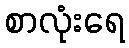
စာလုံးရေ